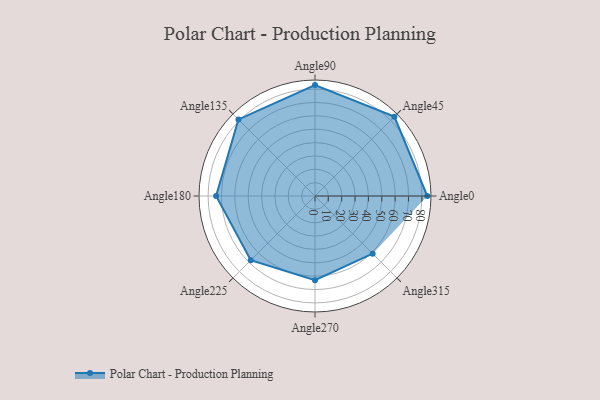
{"axis": {"x": "Angle", "y": "Radius"}, "legend": [""], "data": [{"x": "Angle0", "y": 84.0, "type": ""}, {"x": "Angle45", "y": 84.0, "type": ""}, {"x": "Angle90", "y": 83.0, "type": ""}, {"x": "Angle135", "y": 81.0, "type": ""}, {"x": "Angle180", "y": 74.0, "type": ""}, {"x": "Angle225", "y": 68.0, "type": ""}, {"x": "Angle270", "y": 63.0, "type": ""}, {"x": "Angle315", "y": 61.0, "type": ""}]}